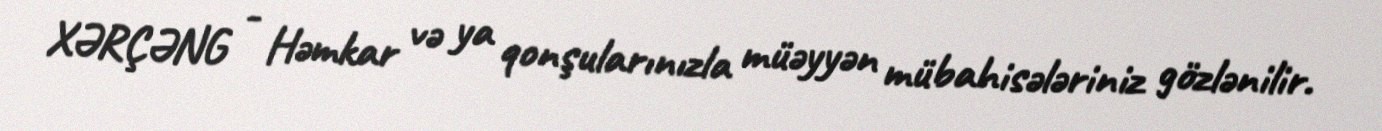
XƏRÇƏNG - Həmkar və ya qonşularınızla müəyyən mübahisələriniz gözlənilir.